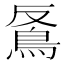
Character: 𩿔